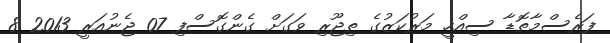
ފަރެސްމާތޮޑާ ސިއްހީ މަރުކަޒުގެ ތިޖޫރި ވަގަށް ގެންގޮސްފި 07 ޖެނުއަރީ 2013 8